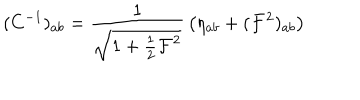
LaTeX: ( C ^ { - 1 } ) _ { a b } = { \frac { 1 } { \sqrt { 1 + { \frac { 1 } { 2 } } { \cal F } ^ { 2 } } } } \left( \eta _ { a b } + ( { \cal F } ^ { 2 } ) _ { a b } \right)